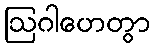
ဩဂါဟေတွာ